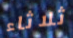
ثلاثاء